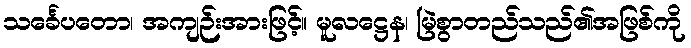
သင်္ခေပတော၊ အကျဉ်းအားဖြင့်။ မူလဋ္ဌေန၊ မြဲစွာတည်သည်၏အဖြစ်ကို